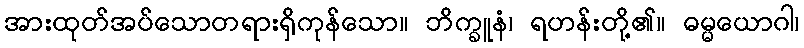
အားထုတ်အပ်သောတရားရှိကုန်သော။ ဘိက္ခူနံ၊ ရဟန်းတို့၏။ ဓမ္မယောဂါ၊